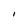
Character: I